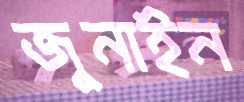
জুনাইন